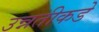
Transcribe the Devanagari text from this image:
उन्नतीकडे